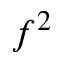
f ^ { 2 }